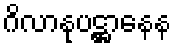
ဂိလာနုပဋ္ဌာနေန